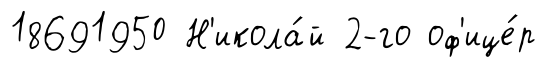
18691950 Н'икола́й 2-го оф'ице́р